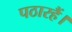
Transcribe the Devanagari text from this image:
पठारहैं।